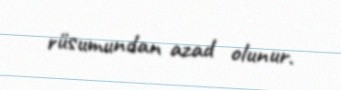
rüsumundan azad olunur.